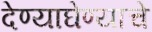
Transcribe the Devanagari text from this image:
देण्याघेण्याचे